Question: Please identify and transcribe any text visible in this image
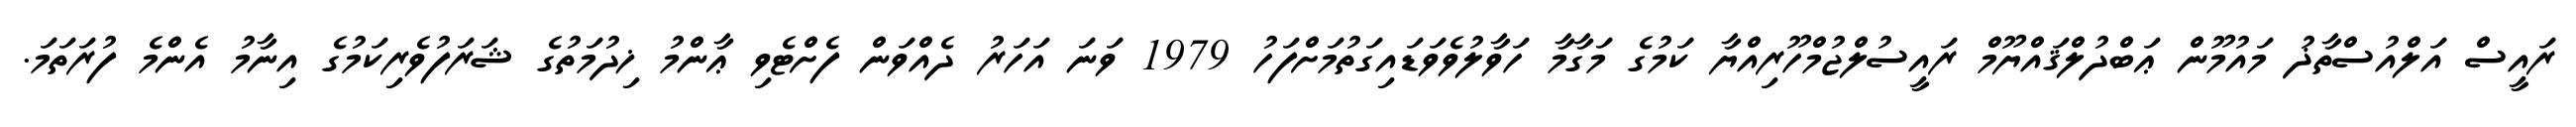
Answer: ރައީސް އަލްއުސްތާޛު މައުމޫން ޢަބްދުލްޤައްޔޫމް ރައީސުލްޖުމްހޫރިއްޔާ ކަމުގެ މަގާމާ ހަވާލުވެވަޑައިގަތުމަށްފަހު 1979 ވަނަ އަހަރު ދެއްވަން ފެށްޓެވި ޢާންމު ޚިދުމަތުގެ ޝަރަފުވެރިކަމުގެ އިނާމު އެންމެ ފުރަތަމަ.